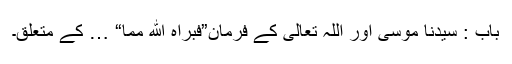
باب : سیدنا موسیٰؑ اور اللہ تعالی کے فرمان”فبراہ الله مما“ … کے متعلق۔